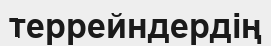
террейндердің